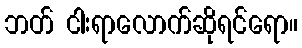
ဘတ် ငါးရာလောက်ဆိုရင်ရော။